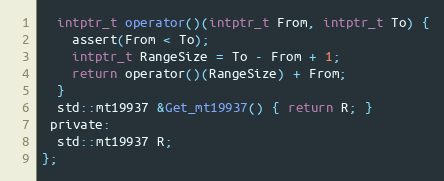
Language: C
  intptr_t operator()(intptr_t From, intptr_t To) {
    assert(From < To);
    intptr_t RangeSize = To - From + 1;
    return operator()(RangeSize) + From;
  }
  std::mt19937 &Get_mt19937() { return R; }
 private:
  std::mt19937 R;
};